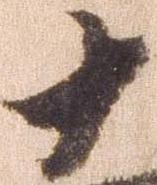
十